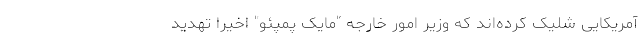
آمریکایی شلیک کرده‌اند که وزیر امور خارجه "مایک پمپئو" اخیرا تهدید